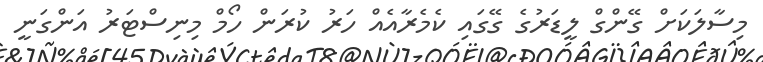
މިސާލަކަށް ގޭންގް ލީޑަރުގެ ގޭގައި ކެމެރާއެއް ހަރު ކުރަން ހޯމް މިނިސްޓަރު އަންގަނީ